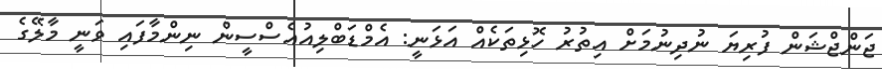
ޖަންޖްޝަން ފުރިޔަ ނުދިނުމަށް އިތުރު ހޮޅިތަކެއް އަޅަނީ: އެމްޑަބްލިއުއެސްސީން ނިންމާފައި ވަނީ މާލޭގެ